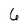
Character: 6